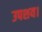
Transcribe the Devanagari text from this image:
उपशय।